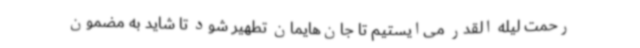
رحمت لیله القدر می‌ایستیم تا جان‌هایمان تطهیر شود تا شاید به مضمون